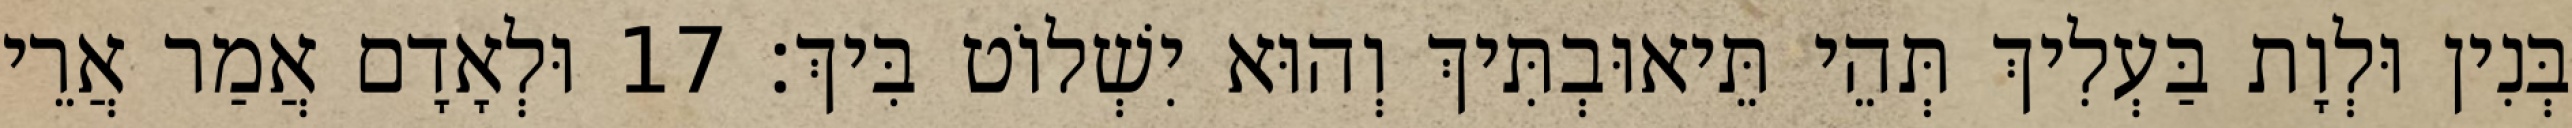
בְּנִין וּלְוָת בַּעְלִיךְ תְּהֵי תֵּיאוּבְתִּיךְ וְהוּא יִשְׁלוֹט בִּיךְ׃ 17 וּלְאָדָם אֲמַר אֲרֵי